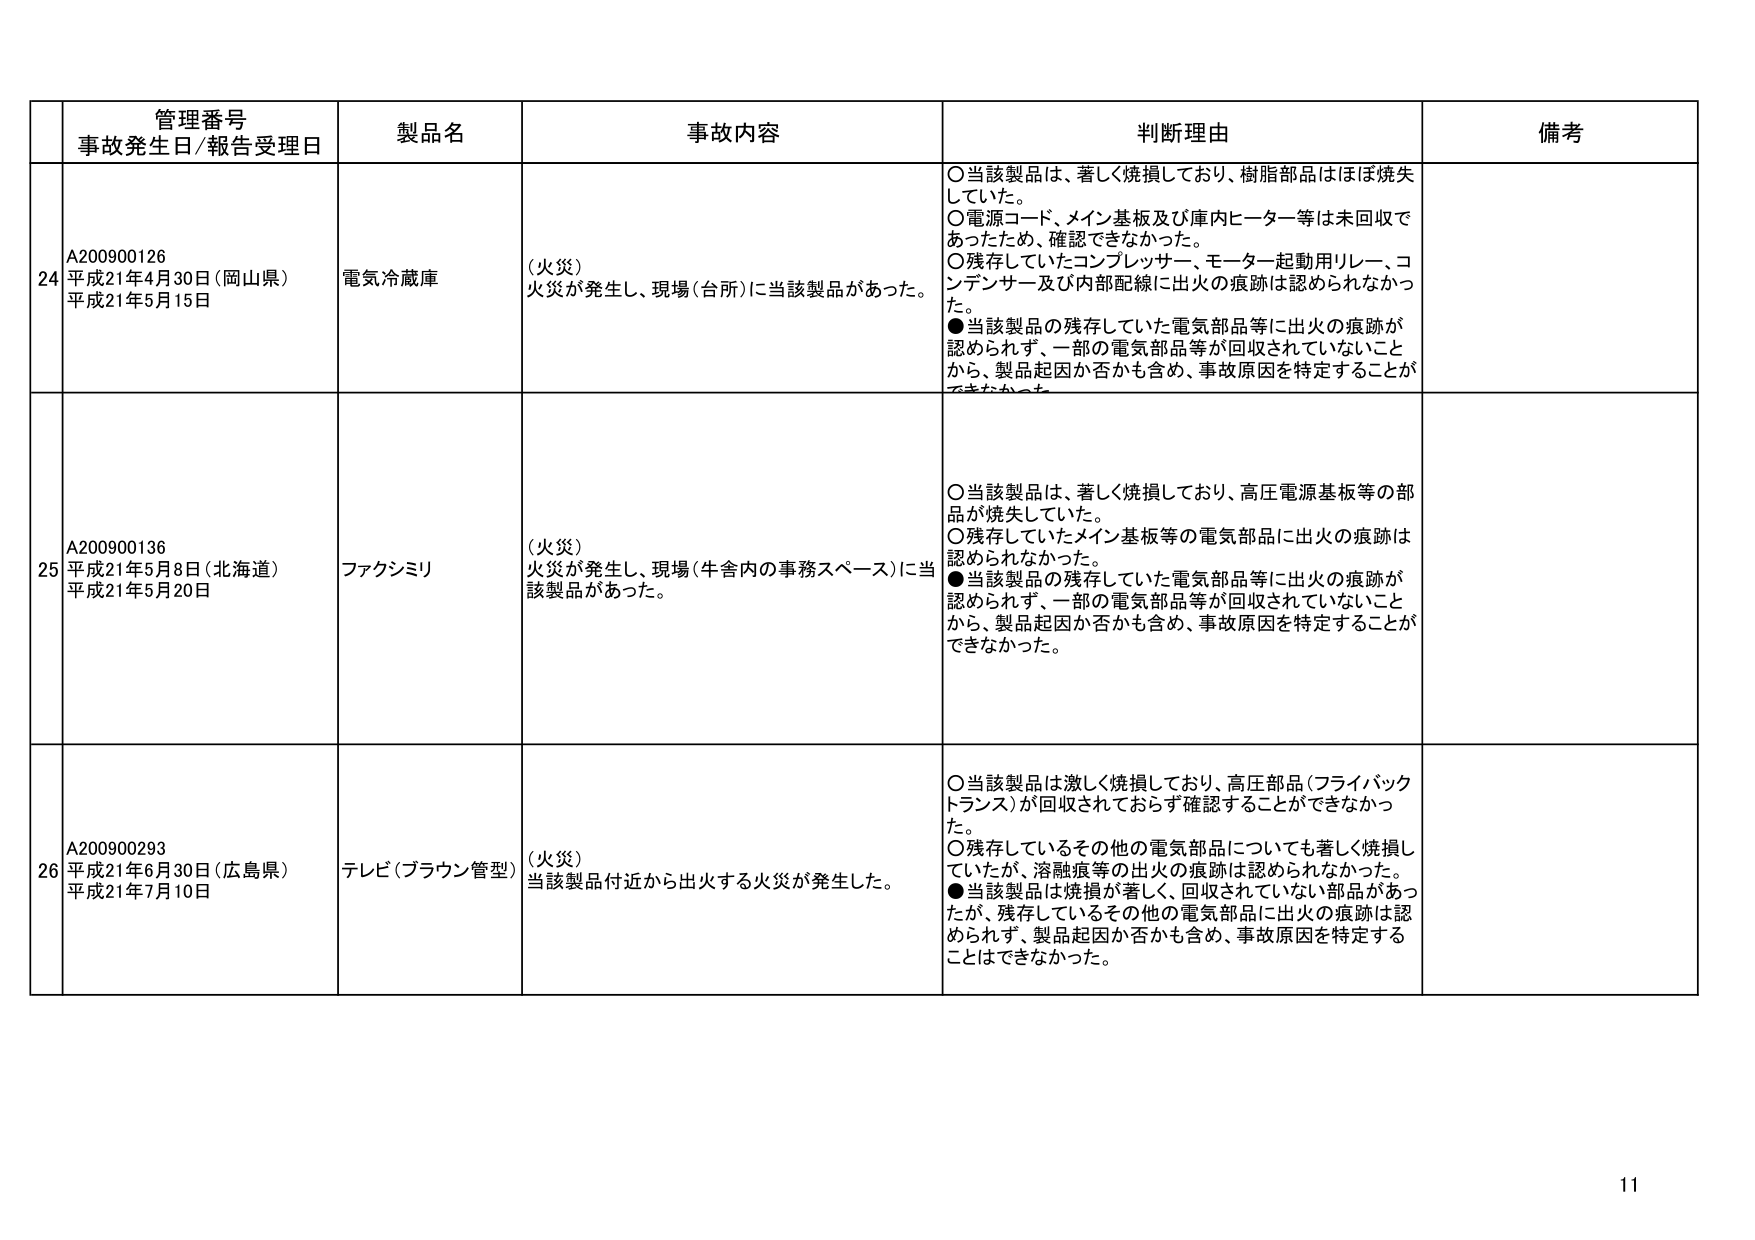
管理番号
事故発生日/報告受理日
製品名
事故内容
判断理由
備考

24
A200900126
平成21年4月30日（岡山県）
平成21年5月15日
電気冷蔵庫
（火災）
火災が発生し、現場（台所）に当該製品があった。
○当該製品は、著しく焼損しており、樹脂部品はほぼ焼失していた。
○電源コード、メイン基板及び庫内ヒーター等は未回収であったため、確認できなかった。
○残存していたコンプレッサー、モーター起動用リレー、コンデンサー及び内部配線に出火の痕跡は認められなかった。
●当該製品の残存していた電気部品等に出火の痕跡が認められず、一部の電気部品等が回収されていないことから、製品起因か否かも含め、事故原因を特定することができなかった。

25
A200900136
平成21年5月8日（北海道）
平成21年5月20日
ファクシミリ
（火災）
火災が発生し、現場（牛舎内の事務スペース）に当該製品があった。
○当該製品は、著しく焼損しており、高圧電源基板等の部品が焼失していた。
○残存していたメイン基板等の電気部品に出火の痕跡は認められなかった。
●当該製品の残存していた電気部品等に出火の痕跡が認められず、一部の電気部品等が回収されていないことから、製品起因か否かも含め、事故原因を特定することができなかった。

26
A200900293
平成21年6月30日（広島県）
平成21年7月10日
テレビ（ブラウン管型）
（火災）
当該製品付近から出火する火災が発生した。
○当該製品は激しく焼損しており、高圧部品（フライバックトランス）が回収されておらず確認することができなかった。
○残存しているその他の電気部品についても著しく焼損していたが、溶融痕等の出火の痕跡は認められなかった。
●当該製品は焼損が著しく、回収されていない部品があったが、残存しているその他の電気部品に出火の痕跡は認められず、製品起因か否かも含め、事故原因を特定することはできなかった。

11